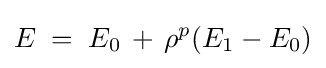
E\;=\;E_{0}\,+\,\rho ^{p}(E_{1}-E_{0})